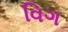
વિગ